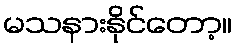
မသနားနိုင်တော့။